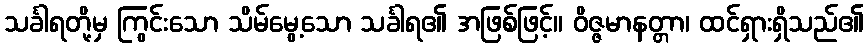
သင်္ခါရတို့မှ ကြွင်းသော သိမ်မွေ့သော သင်္ခါရ၏ အဖြစ်ဖြင့်။ ဝိဇ္ဇမာနတ္တာ၊ ထင်ရှားရှိသည်၏